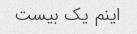
اینم یک بیست